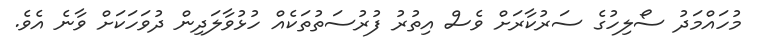
މުހައްމަދު ސޯލިހުގެ ސަރުކާރަށް ވެސް އިތުރު ފުރުސަތުތަކެއް ހުޅުވާލަދިން ދުވަހަކަށް ވާނެ އެވެ.